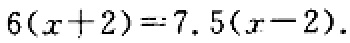
\(6(x + 2)=7.5(x - 2)\)